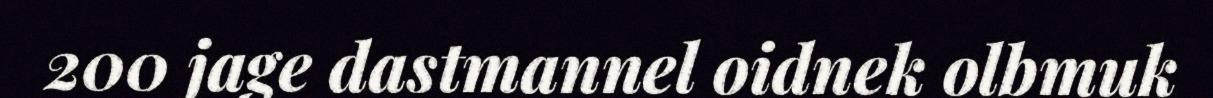
200 jage dastmannel oidnek olbmuk